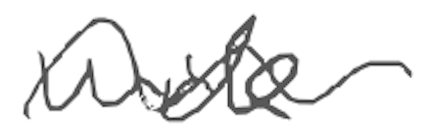
Text: wide
Cross-out: wave
Writing tool: digital_gray